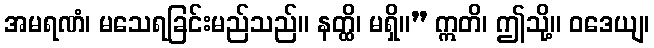
အမရဏံ၊ မသေရခြင်းမည်သည်။ နတ္ထိ၊ မရှိ။” ဣတိ၊ ဤသို့။ ဝဒေယျ၊